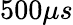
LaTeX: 500\mu s